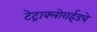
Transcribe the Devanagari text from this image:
टेट्राक्लोराईडचे